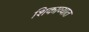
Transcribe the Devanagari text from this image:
शिकाव्यात